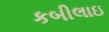
કબીલાઇ